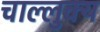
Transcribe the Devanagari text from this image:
चाल्लुक्य